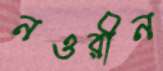
নওরীন